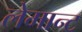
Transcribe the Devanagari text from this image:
लेमान्ट